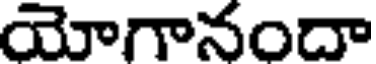
యోగానందా